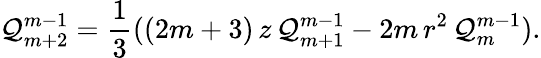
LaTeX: \mathcal{Q}_{m+2}^{m-1}=\frac{{1}}{{3}}((2m+3)\, z\, \mathcal{Q}_{m+1}^{m-1}-2m\, r^{2}\, \mathcal{Q}_{m}^{m-1}).